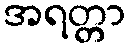
အရတ္တာ